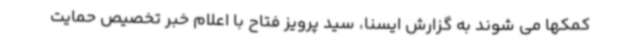
کمکها می شوند به گزارش ایسنا، سید پرویز فتاح با اعلام خبر تخصیص حمایت